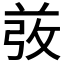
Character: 𰱋